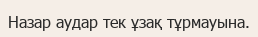
Назар аудар тек ұзақ тұрмауына.